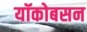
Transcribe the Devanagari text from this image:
यॉकोबसन